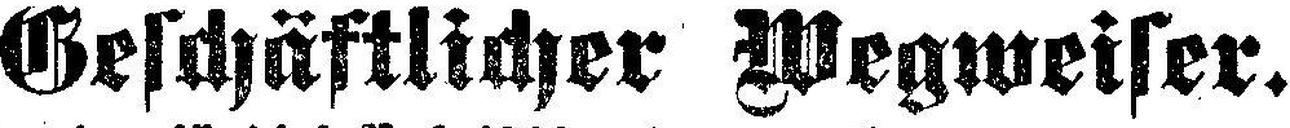
Geschäftlicher Wegweiser.